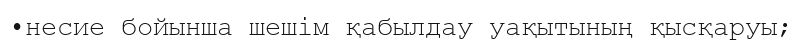
•несие бойынша шешім қабылдау уақытының қысқаруы;